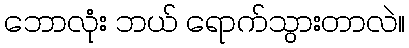
ဘောလုံး ဘယ် ရောက်သွားတာလဲ။